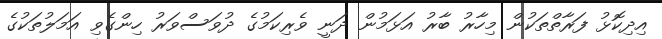
އިދިކޮޅު ފަރާތްތަކުން މިހާރު ބާރު އަޅަމުން ދަނީ ވެރިކަމުގެ ދުވަސްވަރު ހިންގެވި އަމަލުތަކުގެ